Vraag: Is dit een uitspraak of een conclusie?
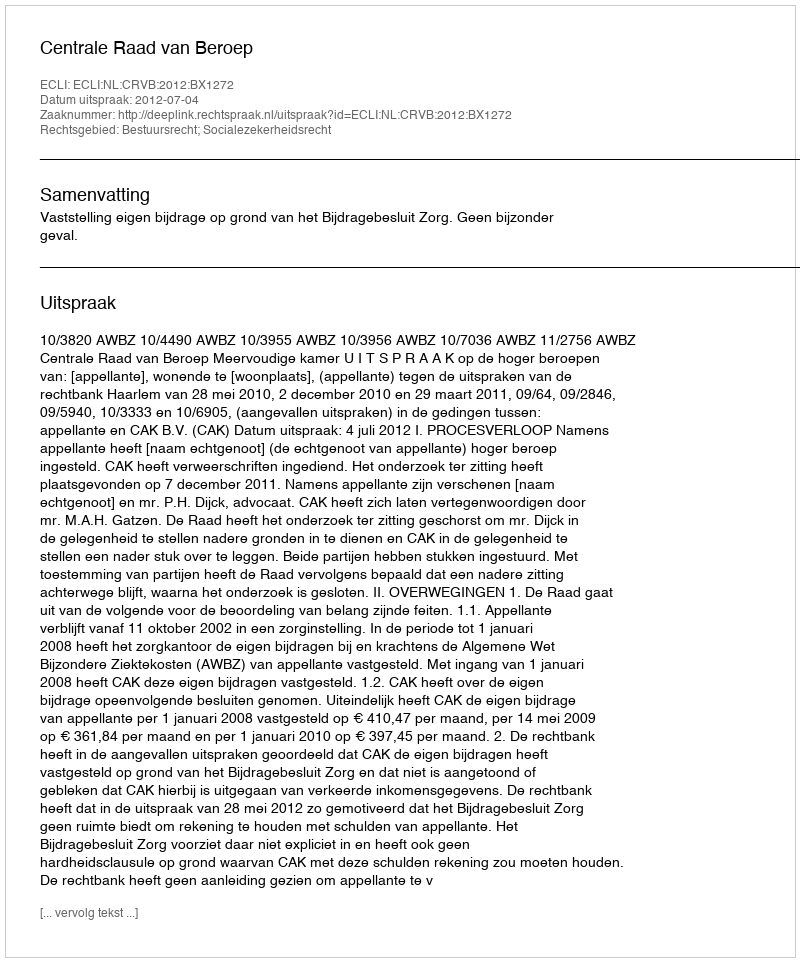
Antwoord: Uitspraak